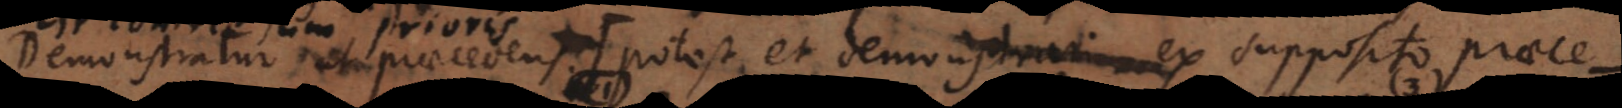
Demonstratur ut praecedens. (Potest et demonstrari ex supposito praecede